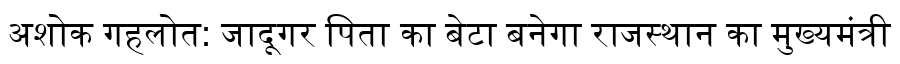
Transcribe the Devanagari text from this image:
अशोक गहलोत: जादूगर पिता का बेटा बनेगा राजस्थान का मुख्यमंत्री